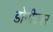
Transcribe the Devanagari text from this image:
डोनीएबर